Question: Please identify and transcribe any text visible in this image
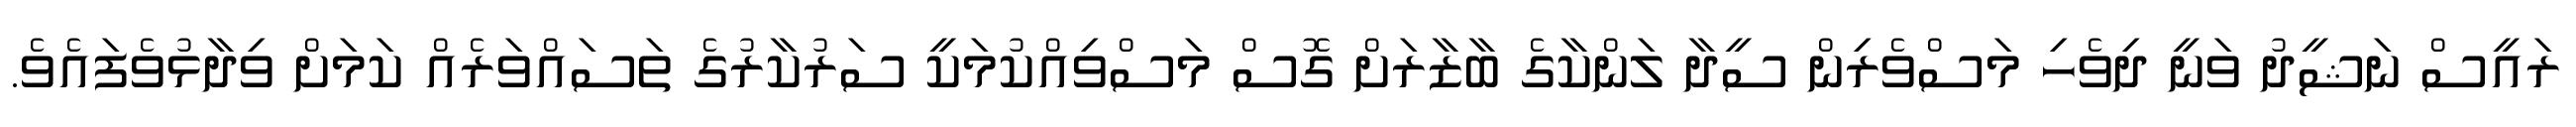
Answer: ރައީސް ނަޝީދު ވަނީ ދިވެހި މަސްވެރިން ސީދާ ލަންކާގެ ބާޒާރަށް ގޮސް މަސްވިއްކުމަކީ ސަރުކާރުގެ ތަސައްވަރެއް ކަމަށް ވިދާޅުވެފައެވެ.